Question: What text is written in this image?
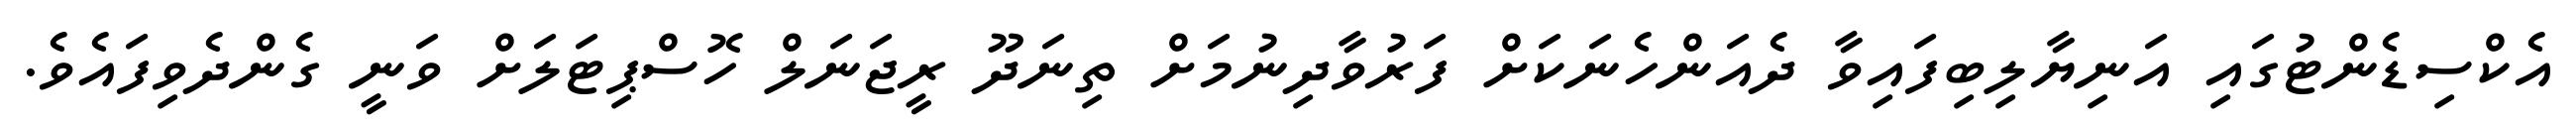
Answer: އެކްސިޑެންޓުގައި އަނިޔާލިބިފައިވާ ދެއަންހެނަކަށް ފަރުވާދިނުމަށް ތިނަދޫ ރީޖަނަލް ހޮސްޕިޓަލަށް ވަނީ ގެންދެވިފައެވެ.